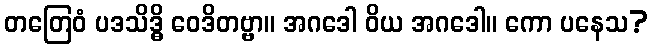
တတြေဝံ ပဒသိဒ္ဓိ ဝေဒိတဗ္ဗာ။ အဂဒေါ ဝိယ အဂဒေါ။ ကော ပနေသ?